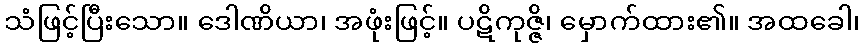
သံဖြင့်ပြီးသော။ ဒေါဏိယာ၊ အဖုံးဖြင့်။ ပဋိကုဇ္ဇိ၊ မှောက်ထား၏။ အထခေါ၊